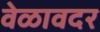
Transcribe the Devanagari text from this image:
वेळावदर